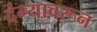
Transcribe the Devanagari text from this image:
दंग्यावरून